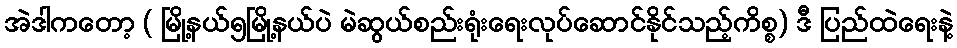
အဲဒါကတော့ ( မြို့နယ်၅မြို့နယ်ပဲ မဲဆွယ်စည်းရုံးရေးလုပ်ဆောင်နိုင်သည့်ကိစ္စ) ဒီ ပြည်ထဲရေးနဲ့